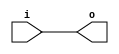
// This program was cloned from: https://github.com/NYU-MLDA/OpenABC
// License: BSD 3-Clause "New" or "Revised" License

module bsg_buf_width_p32
(
  i,
  o
);

  input [31:0] i;
  output [31:0] o;
  wire [31:0] o;
  assign o[31] = i[31];
  assign o[30] = i[30];
  assign o[29] = i[29];
  assign o[28] = i[28];
  assign o[27] = i[27];
  assign o[26] = i[26];
  assign o[25] = i[25];
  assign o[24] = i[24];
  assign o[23] = i[23];
  assign o[22] = i[22];
  assign o[21] = i[21];
  assign o[20] = i[20];
  assign o[19] = i[19];
  assign o[18] = i[18];
  assign o[17] = i[17];
  assign o[16] = i[16];
  assign o[15] = i[15];
  assign o[14] = i[14];
  assign o[13] = i[13];
  assign o[12] = i[12];
  assign o[11] = i[11];
  assign o[10] = i[10];
  assign o[9] = i[9];
  assign o[8] = i[8];
  assign o[7] = i[7];
  assign o[6] = i[6];
  assign o[5] = i[5];
  assign o[4] = i[4];
  assign o[3] = i[3];
  assign o[2] = i[2];
  assign o[1] = i[1];
  assign o[0] = i[0];

endmodule